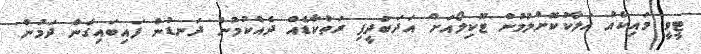
ޓީވީ މައިކެއް ހަލާކުކޮށްލުމުން ޓޫކިލޯއަށް އަދަބުދީފި ރަތްކާޑެއް ދެއްކުމުން ދަނޑުން ފައިބައިގެން ދަމުން